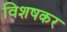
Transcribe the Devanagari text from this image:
विशषकर